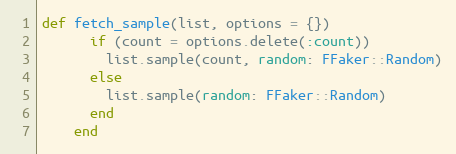
Language: Ruby
def fetch_sample(list, options = {})
      if (count = options.delete(:count))
        list.sample(count, random: FFaker::Random)
      else
        list.sample(random: FFaker::Random)
      end
    end